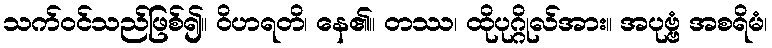
သက်ဝင်သည်ဖြစ်၍။ ဝိဟရတိ၊ နေ၏။ တဿ၊ ထိုပုဂ္ဂိုလ်အား။ အပုဗ္ဗံ အစရိမံ၊